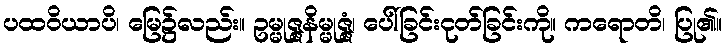
ပထဝိယာပိ၊ မြေ၌လည်း။ ဥမ္မုဇ္ဇနိမ္မုဇ္ဇံ၊ ပေါ်ခြင်းငုတ်ခြင်းကို။ ကရောတိ၊ ပြု၏။